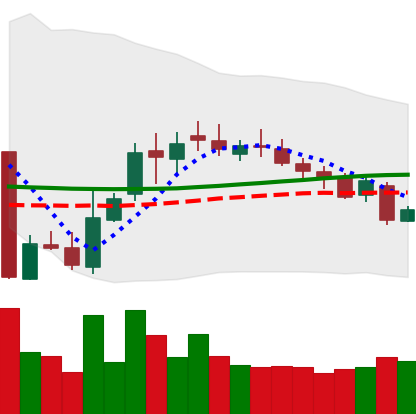
Ticker: XLM-USD
Chart end date: 2018-10-30
Forward return: 7.35%
Label: up_7plus